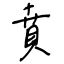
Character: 賁